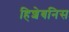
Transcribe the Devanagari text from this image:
हिशेबनिस